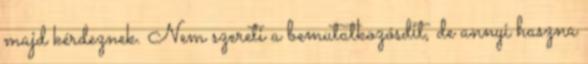
majd kérdeznek. Nem szereti a bemutatkozósdit, de annyi haszna